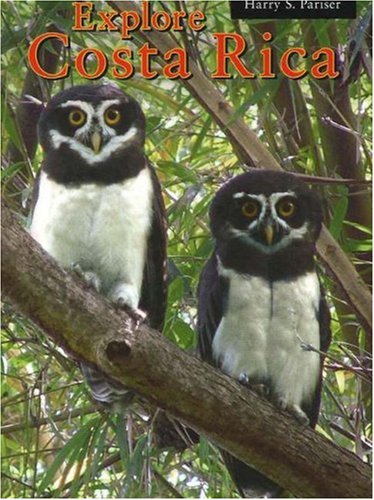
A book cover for Explore Costa Rica, 5th Edition; Harry S. Pariser; Travel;